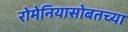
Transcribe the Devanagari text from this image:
रोमेनियासोबतच्या